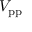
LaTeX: V _ { \mathrm { p p } }